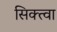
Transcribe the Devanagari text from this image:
सिक्त्वा